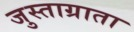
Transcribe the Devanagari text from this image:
जुस्ताग्राता